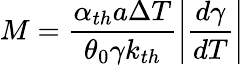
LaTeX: M=\frac{\alpha_{th}a\Delta T}{\theta_{0}\gamma k_{th}}\left|\frac{d\gamma}{dT}\right|